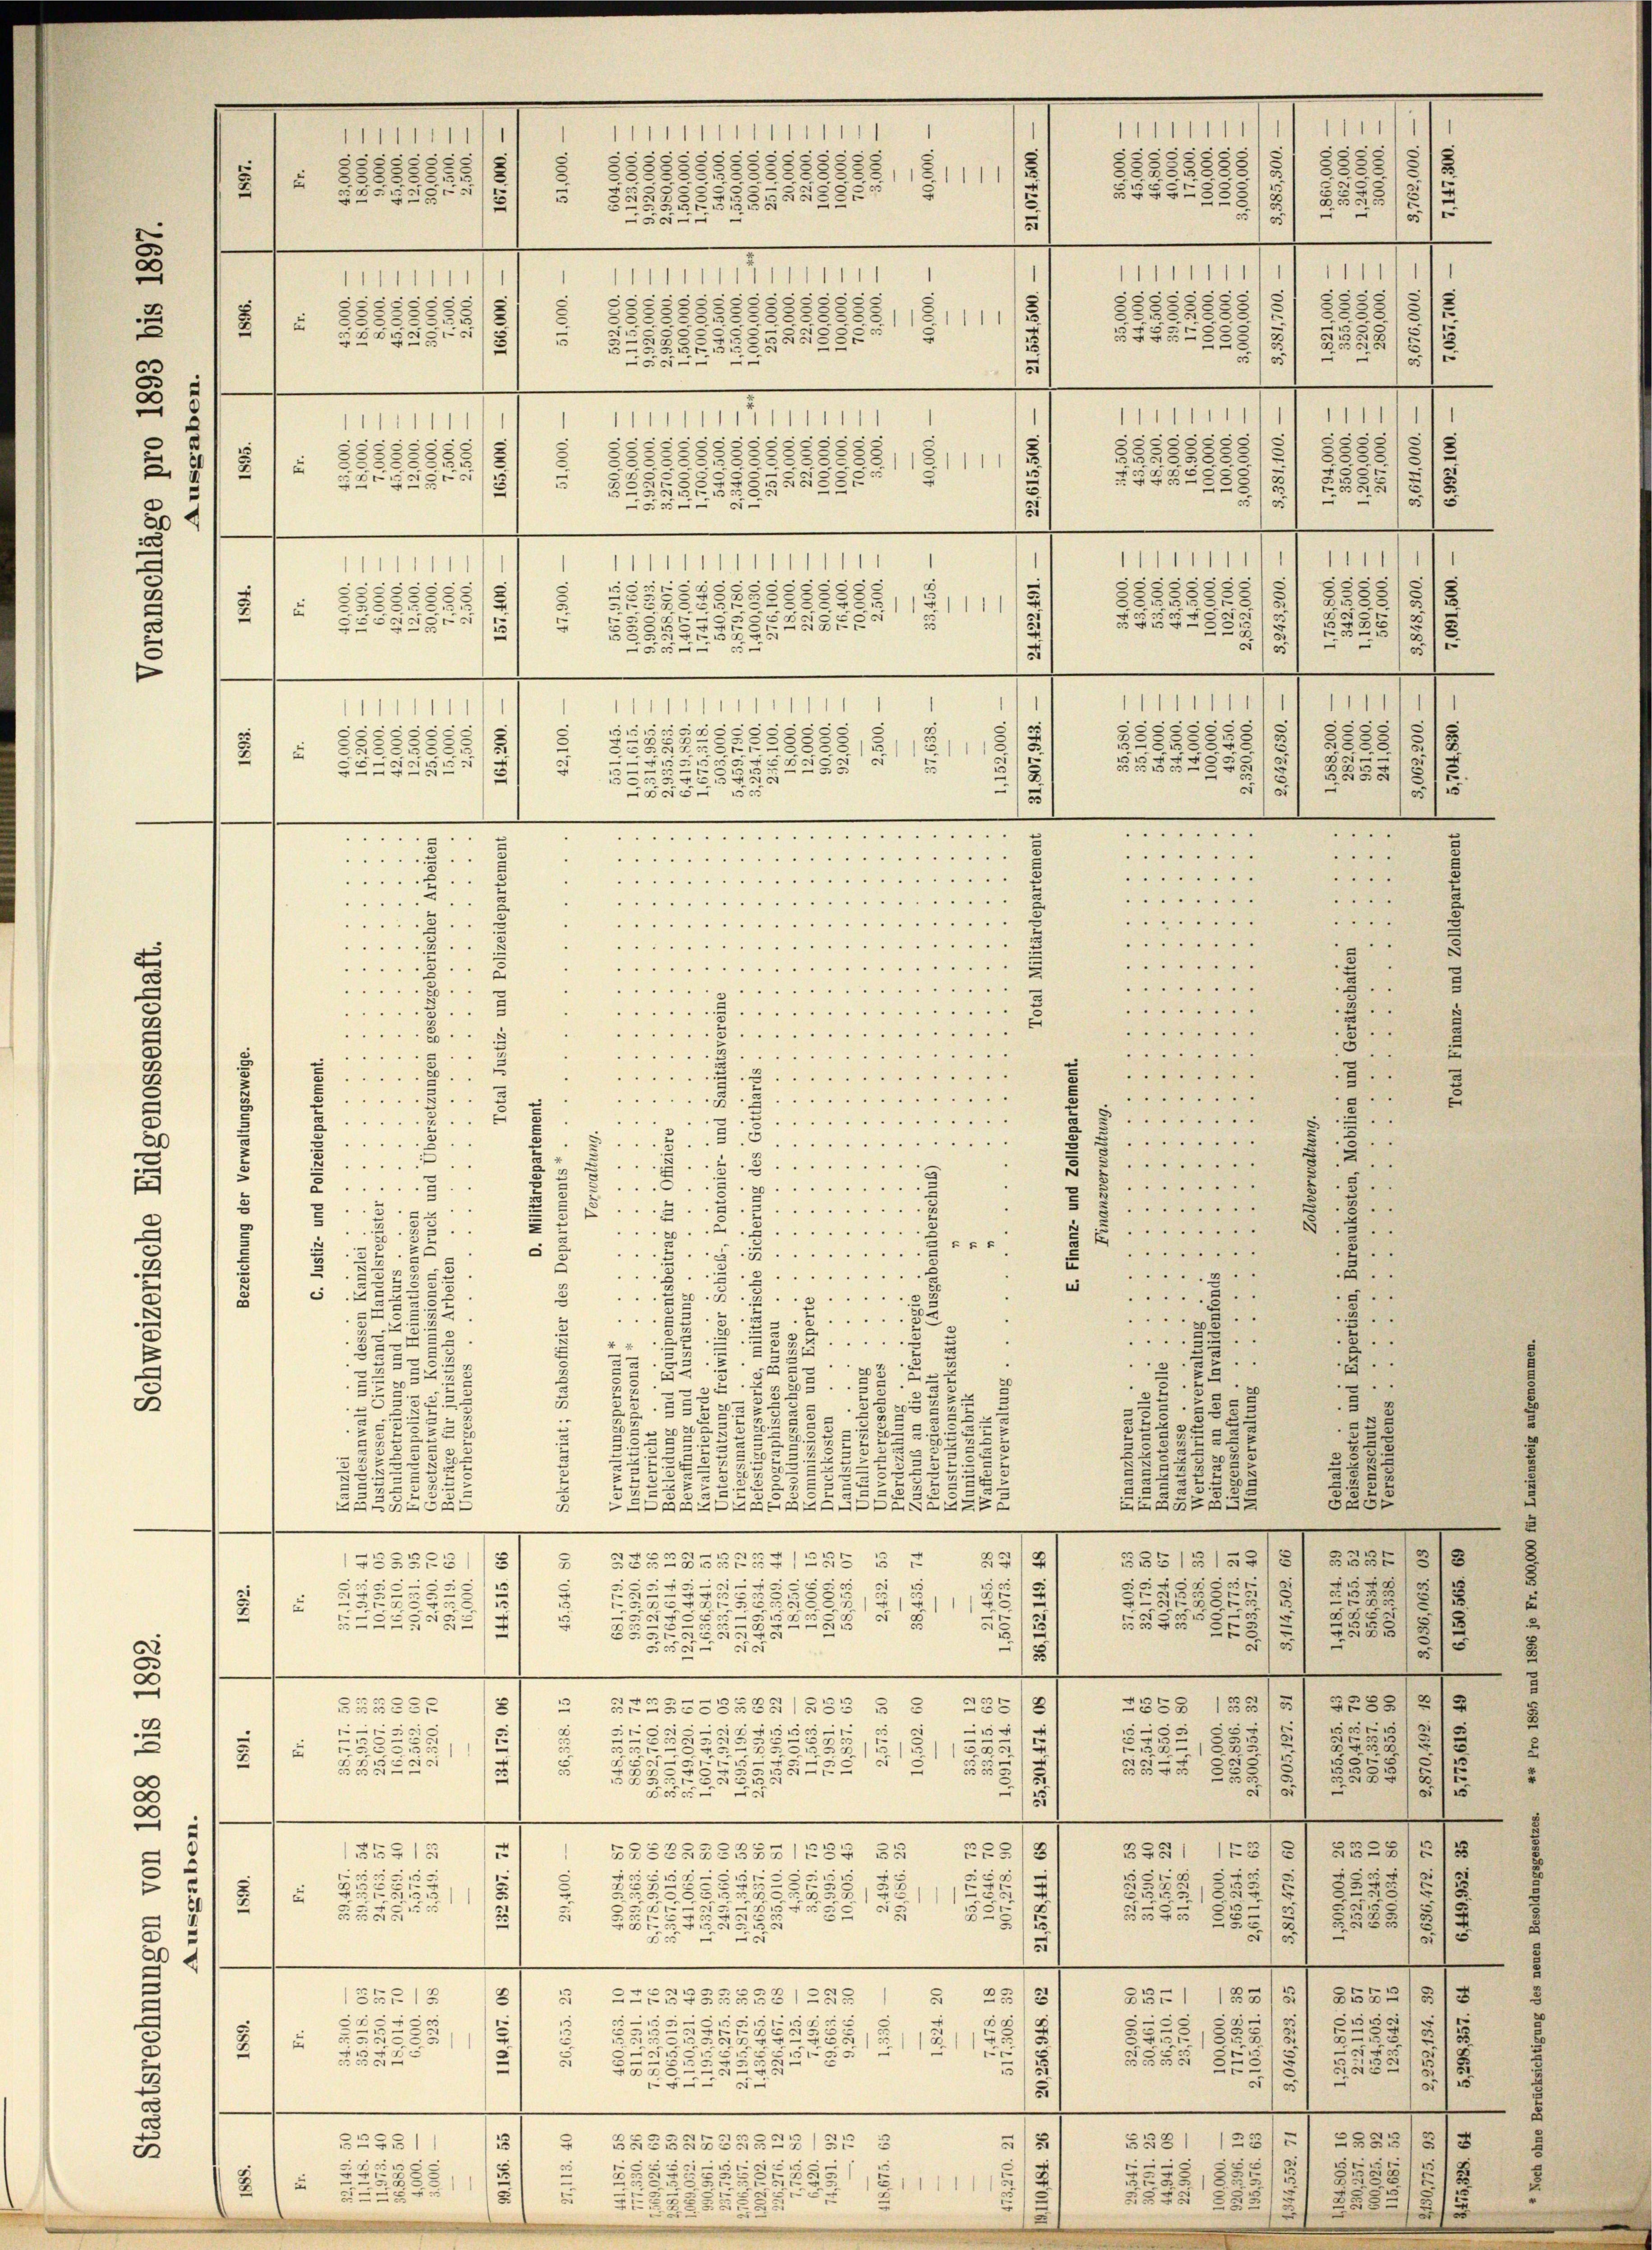
¬
1
111
1111
1
e
5
.
.
5
c
58
35
c
81111
1
5x
Egg
e
2
2
8554825
e
282.
d
500
.
1
1111111
IIIIIIIII1
s
s
3
18
85
s
3
5
5
23
u
8
2
3
55.
.
8382882/8
111
85.
 f 55 x
eussese
2
3
55
A
 15
.
51
5
n
.
1111111
1
1111111111111
1
5
e
.
5
5
2
88
2888885/
s
5.25
 88888829/
2
11
5
i
e
5
2
e
3xx
5
8
5552

5
20 x
.
1111111
1
1
IIIIIIIIII1111
35
3
c
8
6
85
.
5
555
85
 25555845
282.
2
1
287
2
5
482
2
59.
u
BERASEE
8

55
8

2
8

1
1
s
.
.
2
1
.
5
5
e

—
.
.. ..
 . .
 . . .
 . . . . . . . . . . . . . . . . . 1
.
 . . . . . .
.....
 . . . . . . . . . "       4
g
5
. . . . . . . .
 . . . . . . . . . . . . . . . . 1 § 5)
 " " 5
 . . . . . .

 " " 1 . . . . . 1 " " " " " " " "

“
5
. . . . . . .
 . . . . . . . . . . . . . . . . .
J
2
 . . . . . .
"
 . . . . .  .. .. .. .. ..
 . . . . 1
3.
 . . . . . .
55
.
 5
5
.......
5
5...
.
“
3
2
 . . . . . . . . . . . . . .
"
.
 .
.
.. . . . . .
2.
 . . . . . . . .
4
64 "

u
.
 . . . . . .
e
5
...
.
8
.
E
 . . . . . . . . . . . 6
.
 " " "
 . . "
1
e
“
x
.
. . . . . . . .

i

2
2
u
.
.
 . . . . . . .
.

e
.
.
.
5
22
.
u
5.
.
e
g
.
.
2
.
5
u
d
 . . . . . . .
........ G
3.

8.
d
.
8
.
5.
.
à
3
E
 . . . . . . .
e
2
....
5
3
u
5
e
.
.
4
2
5
u
5
.
5.
 . . .
.....

u
52
.
5.
.
.
2
5
2
2
"
 . . .
.
52
2
5
207
3
2
2
5.
3
i
d
.
s
:
5
55
22
3
23
.
5.
2
2.
u
2
55
u
u
22
52
SEGE
2
ZBG
2
e
e
3
—
e
e
e
B
7
52335
2
551
125
SSTAGABEST1255 § 1
(758323
e
x
¬
5
i
6
1

558
5r
s

2 x
5

885
3
5
2
2
Fe
S
e
2
.
8
x
0 x
2
25
SBr 229.
53
5
3
8
Fe
15
e
e
—
)
1
e
.
8
2
2
B53355BG1SSS § § 281
255
1
8
d
.
15
.
752
2
rse,
e
25
e
¬
ELEG § 32,
557.
2
¬
5
Pe
.

—
e
e
5
e
c
1

1
8
528
.
B8SERSSBSS1== 25
2
 15
e

G
¬
1
“
S
5
r
2
5
47
2
¬
3
3
2555
“
u
2
.

2
5
2
i
55
5.
 55
5
5
e
5
53
u
.
s
u
229
¬
—
.
e
—

3
1

255
2
552
x
3
28
F
1
25120
58
185
2
e
25
5
15
e
¬

r 12114
2
5
u
u
.
x
u
21
5
5
i
.
.
—
e
.
n
u
¬
5
5
S BBGBRZBGRASSE 5
32551
5
.
e
t
e
1
.

11111111111
111111
s
28
8
528.
.
23
e
d
.
e
e
5
e
5
2
.
.
755455
s
—
 . . . . . . . . . . . . . . . . . . 18
......
 . . . . . . . . . . . . . .
 . . .
1

5552

5282.
s
.
. . . . . .

. . . . . . .
 . . . . . .

.
5 x
5
2

.
1

.